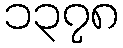
၁၃၇၈